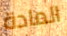
المادة